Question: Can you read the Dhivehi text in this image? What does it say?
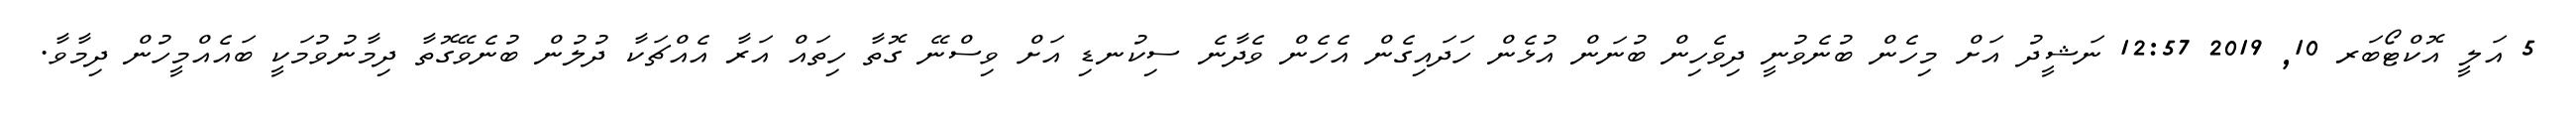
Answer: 5 އަލީ އޮކްޓޯބަރ 10, 2019 12:57 ނަޝީދު އަށް މިހެން ބުނެވުނީ ދިވެހިން ބުނަން އުޅެން ހަދައިގެން އެހެން ވެދާނެ ސިކުނޑި އަށް ވިސްނޭ ގޮތާ ހިތައް އަރާ އެއްޗަކާ ދުލުން ބުނެވޭގޮތާ ދިމާނުވުމަކީ ބައެއްމީހުން ދިމާވާ.